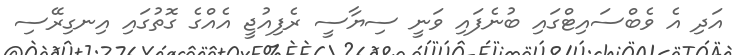
އަދި އެ ވެބްސައިޓްގައި ބުނެފައި ވަނީ ސިޔާސީ ރެފިއުޖީ އެއްގެ ގޮތުގައި އިނގިރޭސި